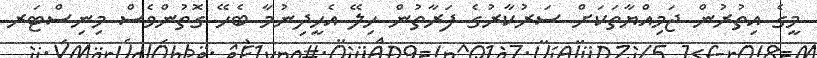
މީގެ އިތުރުން ޖަމިއްޔާތަކަށް ސަރުކާރުގެ ފަރާތުން ހިލޭ އެހީދިނުމާ ބެހޭ ގޮތުންވެސް މިނިސްޓަރ